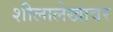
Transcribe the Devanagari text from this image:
शीलालेखावर